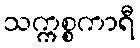
သက္ကစ္စကာရီ